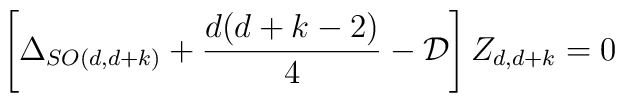
\left[\Delta_{SO(d,d+k)} + \frac{d(d+k -2 )}{4}  - {\cal{D}} \right]Z_{d,d+k} =0